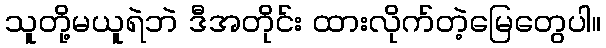
သူတို့မယူရဲဘဲ ဒီအတိုင်း ထားလိုက်တဲ့မြေတွေပါ။